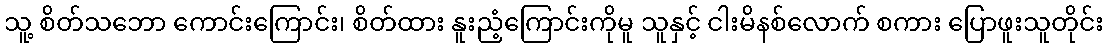
သူ့ စိတ်သဘော ကောင်းကြောင်း၊ စိတ်ထား နူးညံ့ကြောင်းကိုမူ သူနှင့် ငါးမိနစ်လောက် စကား ပြောဖူးသူတိုင်း